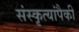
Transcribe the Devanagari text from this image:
संस्कृत्यांपैकी